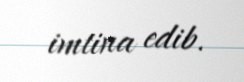
imtina edib.